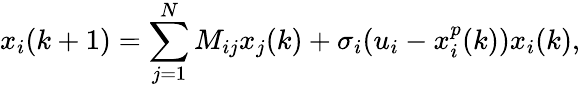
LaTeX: x_{i}(k+1)=\sum_{j=1}^{N}M_{ij}x_{j}(k)+\sigma_{i}(u_{i}-x_{i}^{p}(k))x_{i}(k),